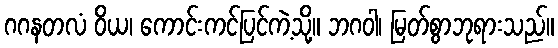
ဂဂနတလံ ဝိယ၊ ကောင်းကင်ပြင်ကဲ့သို့။ ဘဂဝါ၊ မြတ်စွာဘုရားသည်။